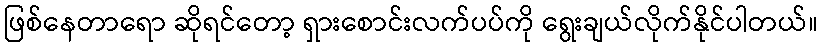
ဖြစ်နေတာရော ဆိုရင်တော့ ရှားစောင်းလက်ပပ်ကို ရွေးချယ်လိုက်နိုင်ပါတယ်။